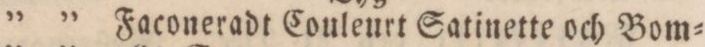
” ” Faconeradt Couleurt Satinette och Bom=